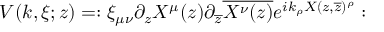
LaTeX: V ( k , \xi ; z ) = : \xi _ { \mu \nu } \partial _ { z } X ^ { \mu } ( z ) \partial _ { \overline { { { z } } } } \overline { { { X ^ { \nu } ( z ) } } } e ^ { i k _ { \rho } X ( z , \overline { { { z } } } ) ^ { \rho } } :